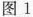
图1